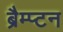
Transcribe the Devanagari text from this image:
ब्रैम्प्टन